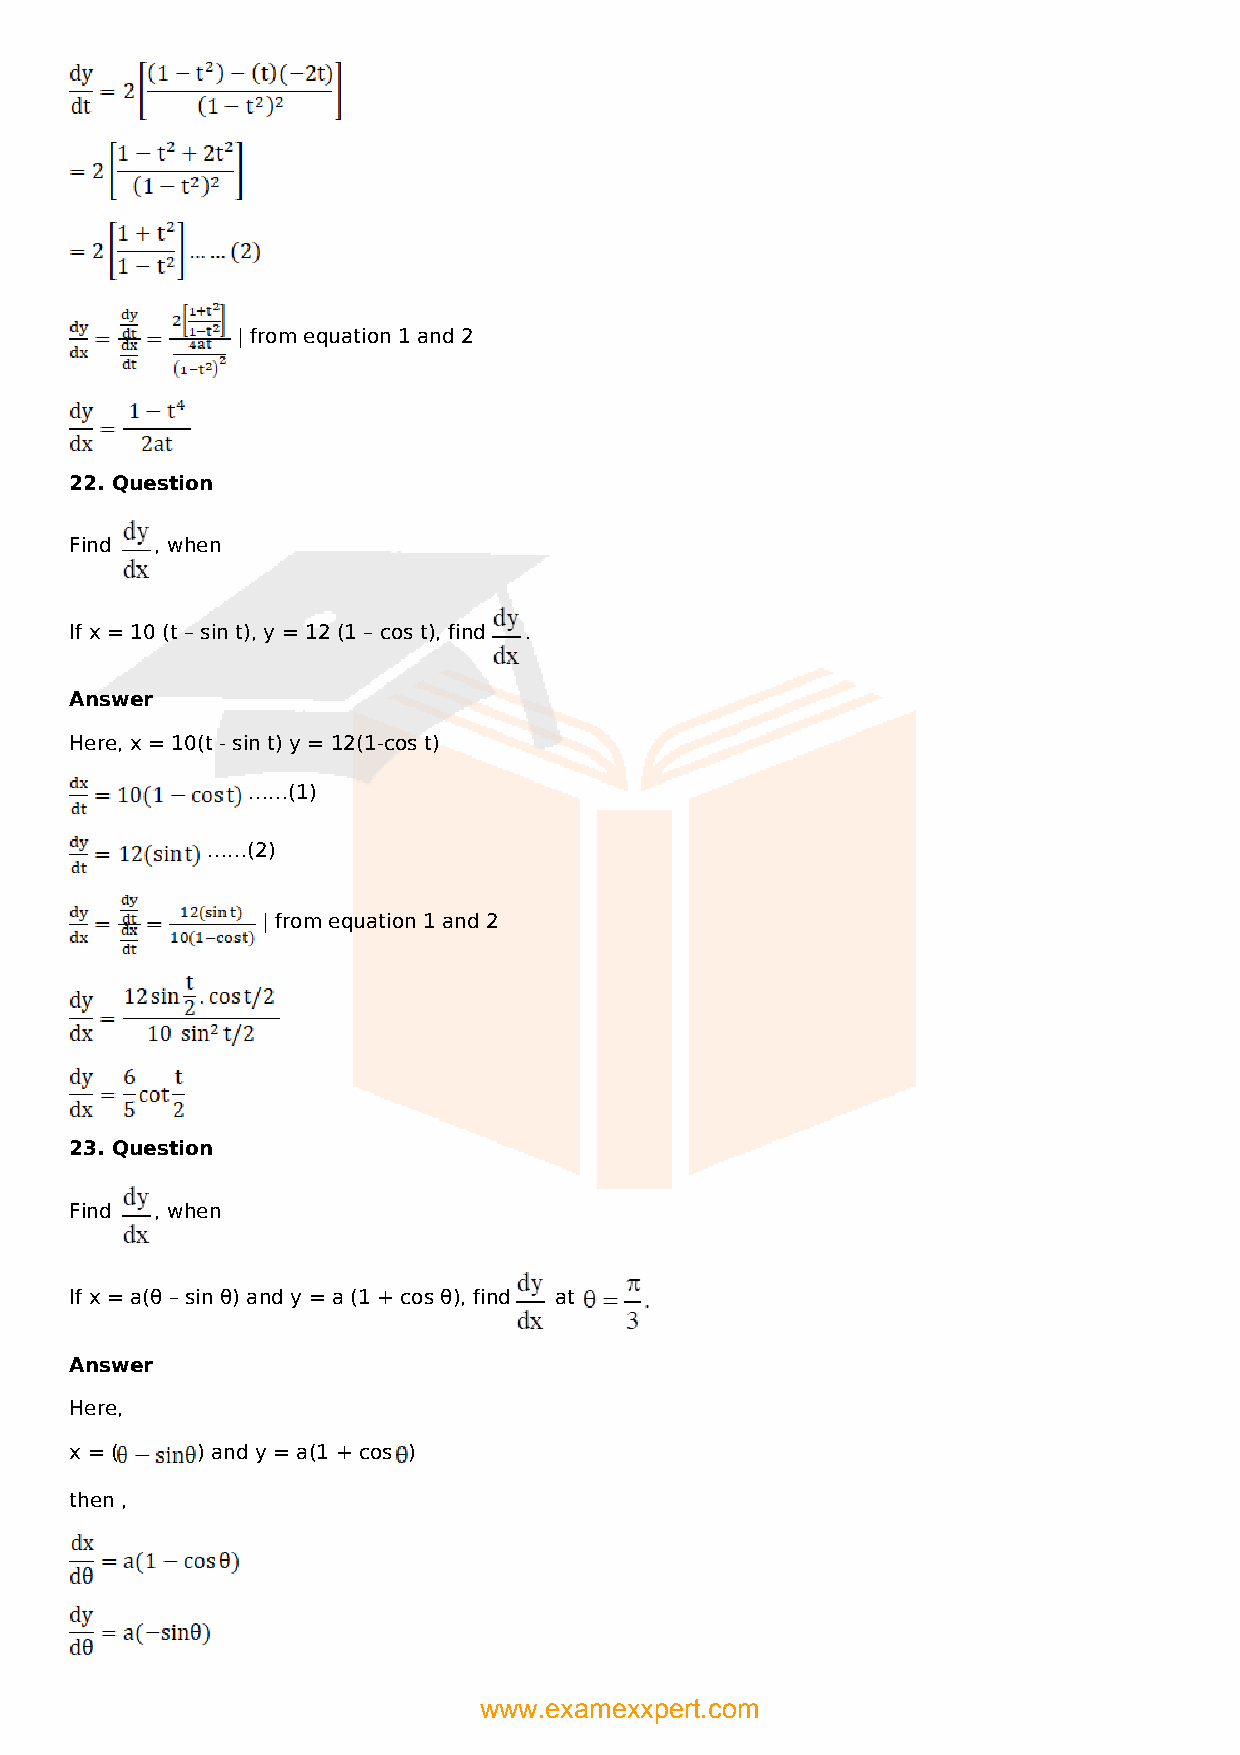
| from equation 1 and 2
 22. Question
 Find , when
 If x = 10 (t – sin t), y = 12 (1 – cos t), find .
 Answer
 Here, x = 10(t - sin t) y = 12(1-cos t)
 ……(1)
 ……(2)
 | from equation 1 and 2
 23. Question
 Find , when
 If x = a(θ – sin θ) and y = a (1 + cos θ), find at
 Answer
 Here,
 x = (   ) and y = a(1 + cos )
 then ,
 www.examexxpert.com